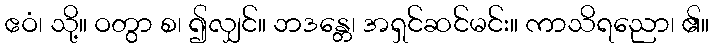
ဧဝံ၊ သို့။ ဝတွာ စ၊ ၍လျှင်။ ဘဒန္တေ၊ အရှင်ဆင်မင်း။ ကာသိရညော၊ ၏။